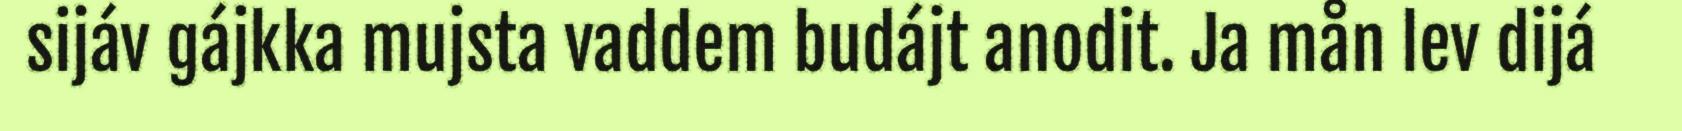
sijáv gájkka mujsta vaddem budájt anodit. Ja mån lev dijá